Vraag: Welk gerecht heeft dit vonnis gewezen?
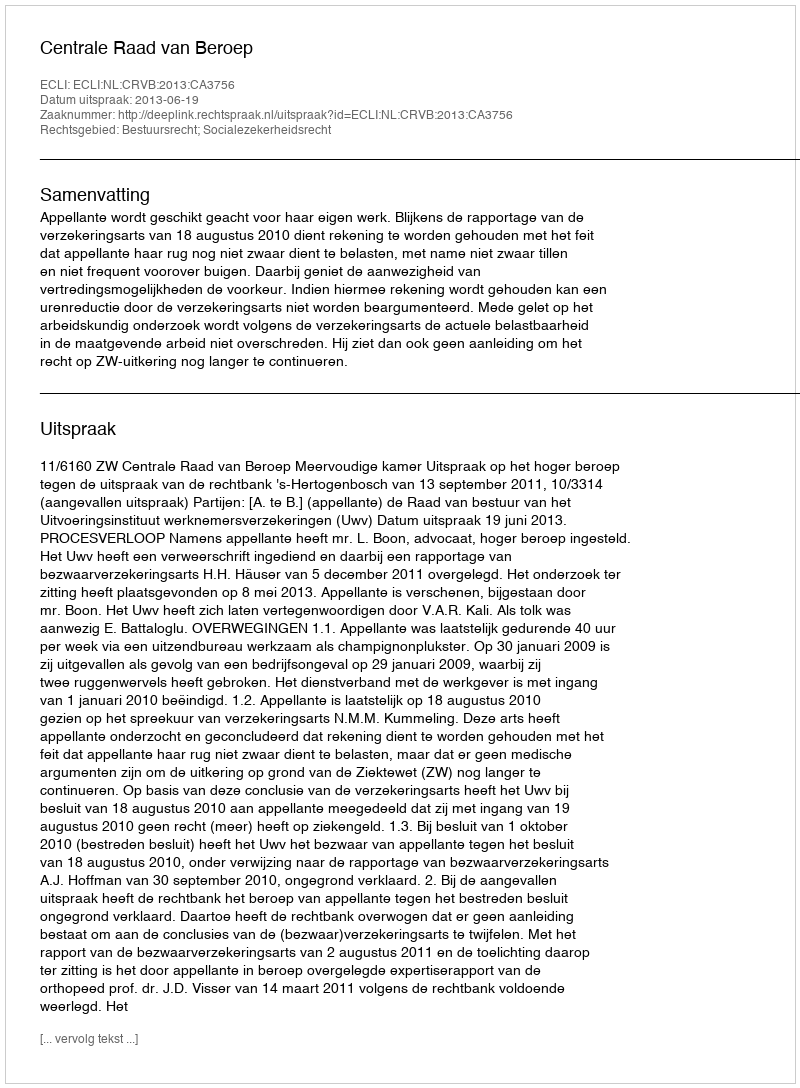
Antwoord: Centrale Raad van Beroep